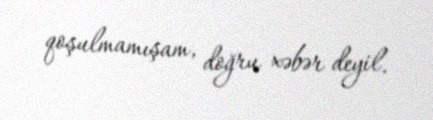
qoşulmamışam, doğru xəbər deyil.